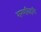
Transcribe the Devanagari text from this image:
शरणबिहारी